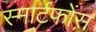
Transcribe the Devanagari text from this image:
स्मार्टफोंस